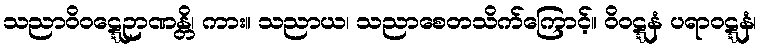
သညာဝိဝဋ္ဋေဉာဏန္တိ၊ ကား။ သညာယ၊ သညာစေတသိက်ကြောင့်။ ဝိဝဋ္ဋနံ ပရာဝဋ္ဋနံ၊